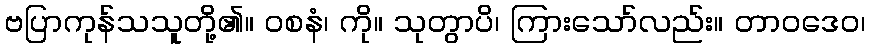
ဗပြာကုန်သသူတို့၏။ ဝစနံ၊ ကို။ သုတွာပိ၊ ကြားသော်လည်း။ တာဝဒေဝ၊